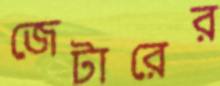
জেটারের